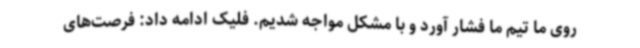
روی ما تیم ما فشار آورد و با مشکل مواجه شدیم. فلیک ادامه داد: فرصت‌های